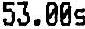
53.00S